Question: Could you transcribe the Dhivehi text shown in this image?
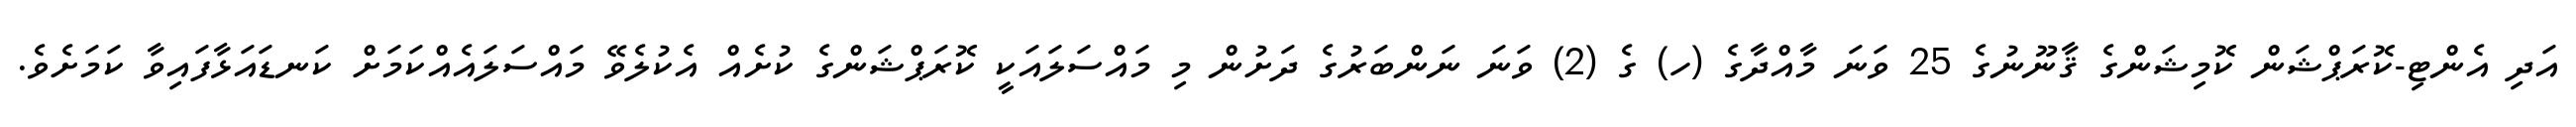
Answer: އަދި އެންޓި-ކޮރަޕްޝަން ކޮމިޝަންގެ ޤާނޫނުގެ 25 ވަނަ މާއްދާގެ (ހ) ގެ (2) ވަނަ ނަންބަރުގެ ދަށުން މި މައްސަލައަކީ ކޮރަޕްޝަންގެ ކުށެއް އެކުލެވޭ މައްސަލައެއްކަމަށް ކަނޑައަޅާފައިވާ ކަމަށެވެ.